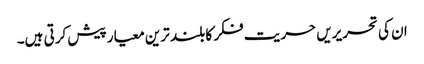
ان کی تحریریں حریت فکر کا بلند ترین معیار پیش کرتی ہیں۔